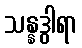
သန္နဒွါရာ